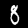
Label: 8